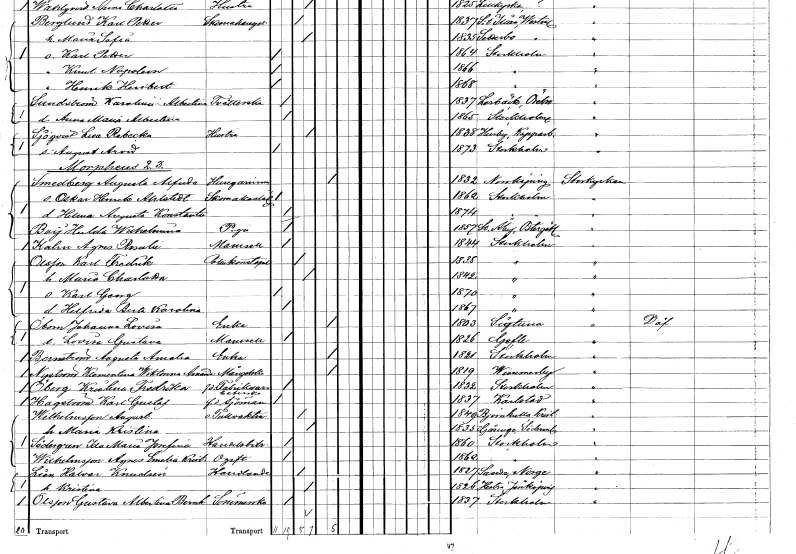
gt_parse: households: individuals: FN: Lisa Rebecka
EN: Sjöqvist
YRKE: Hustru
KON: K
CIV: G
FODAR: 1838
FODFORS: Husby Kopparbergs län
FN: August Arvid
KON: M
CIV: O
FODAR: 1873
FODFORS: Stockholm
FN: Augusta Alfrida
EN: Smedberg
YRKE: Husägarinna
KON: K
CIV: E
FODAR: 1832
FODFORS: Norrköping Östergötlands län
FN: Oskar Henrik
EN: Ahlstedt
YRKE: Skomakarelärling
KON: M
CIV: O
FODAR: 1862
FODFORS: Stockholm
FN: Hilma Augusta Konstantia
KON: K
CIV: O
FODAR: 1874
FODFORS: Stockholm
FN: Hulda Wilhelmina
EN: Boij
YRKE: Piga
KON: K
CIV: O
FODAR: 1857
FODFORS: Stora Åby Östergötlands län
FN: Agnes Rosalie
EN: Kahn
KON: K
CIV: O
FODAR: 1844
FODFORS: Stockholm
FN: Karl Fredrik
EN: Olsson
YRKE: Poliskonstapel
KON: M
CIV: G
FODAR: 1835
FODFORS: Stockholm
FN: Maria Charlotta
KON: K
CIV: G
FODAR: 1842
FODFORS: Stockholm
FN: Karl Georg
KON: M
CIV: O
FODAR: 1870
FODFORS: Stockholm
FN: Helfrida Berta Karolina
KON: K
CIV: O
FODAR: 1867
FODFORS: Stockholm
FN: Johanna Lovisa
EN: Öbom
YRKE: Änka
KON: K
CIV: E
FODAR: 1803
FODFORS: Sigtuna Stockholms län
FN: Lovisa Gustava
KON: K
CIV: O
FODAR: 1826
FODFORS: Gävle Gävleborgs län
FN: Augusta Amalia
EN: Bernström
YRKE: Änka
KON: K
CIV: E
FODAR: 1821
FODFORS: Stockholm
FN: Klementina Wiktoria Amanda
EN: Nyström
YRKE: Månglerska
KON: K
CIV: E
FODAR: 1819
FODFORS: Vimmerby Kalmar län
FN: Kristina Fredrika
EN: Öberg
YRKE: Fabriksarbeterska f.d.
KON: K
CIV: O
FODAR: 1832
FODFORS: Stockholm
FN: Karl Gustaf
EN: Hagström
YRKE: Sjöman f.d.
KON: M
CIV: O
FODAR: 1837
FODFORS: Karlstad Värmlands län
FN: August
EN: Wilhelmsson
YRKE: Tullvaktmästare v.
KON: M
CIV: G
FODAR: 1849
FODFORS: Björnekulla Kristianstads län
FN: Maria Kristina
KON: K
CIV: G
FODAR: 1835
FODFORS: Gåsinge Södermanlands län
FN: Ida Maria Josefina
EN: Södergren
YRKE: Handelsbiträde
KON: K
CIV: O
FODAR: 1860
FODFORS: Stockholm
FN: Agnes Emelia Kristina
EN: Wilhelmsson
KON: K
CIV: O
FODAR: 1862
FODFORS: Stockholm
FN: Halvar
EN: Lien Knudsén
YRKE: Handlande
KON: M
CIV: G
FODAR: 1827
FN: Kristina
KON: K
CIV: G
FODAR: 1826
FODFORS: Hestra Jönköpings län
FN: Gustava Albertina Bernhardina
EN: Olsson
YRKE: Sömmerska
KON: K
CIV: O
FODAR: 1837
FODFORS: Stockholm